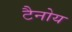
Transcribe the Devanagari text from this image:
टैनोय